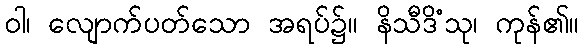
ဝါ၊ လျောက်ပတ်သော အရပ်၌။ နိသီဒိံသု၊ ကုန်၏။